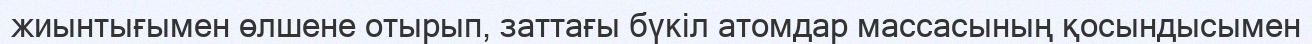
жиынтығымен өлшене отырып, заттағы бүкіл атомдар массасының қосындысымен